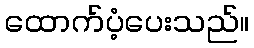
ထောက်ပံ့ပေးသည်။